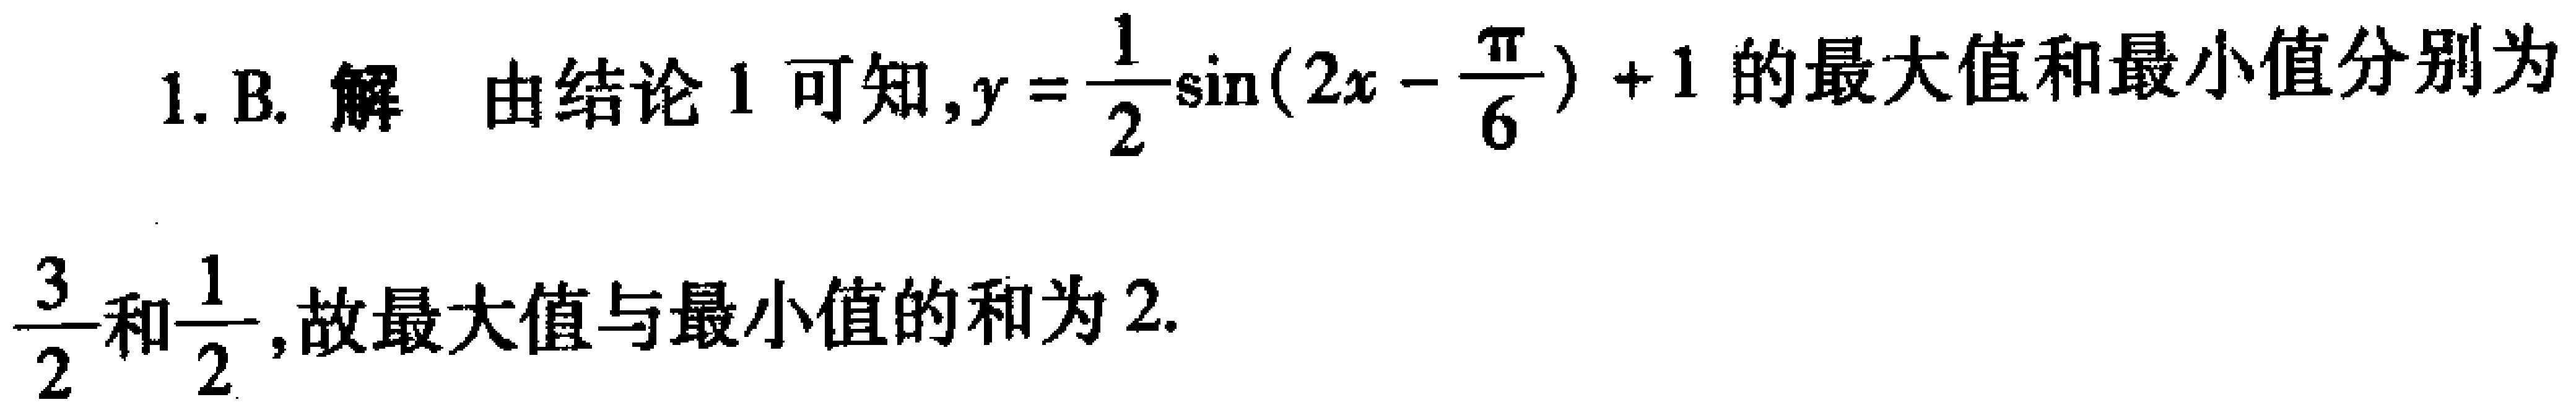
1. B. 解 由结论 1 可知,$y = \frac{1}{2}\sin(2x - \frac{\pi}{6}) + 1$的最大值和最小值分别为$\frac{3}{2}$和$\frac{1}{2}$,故最大值与最小值的和为 2.